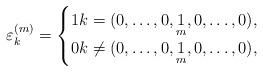
LaTeX: \begin{gather*}\varepsilon^{(m)}_k=\begin{cases}1 k=(0,\dots,0,\underset{m}{1},0,\dots,0),\\0 k\neq(0,\dots,0,\underset{m}{1},0,\dots,0),\end{cases}\end{gather*}